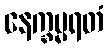
နေက္ခမ္မရတံ